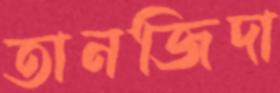
তানজিদা